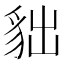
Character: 貀